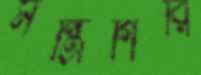
মন্ত্রিগিরি